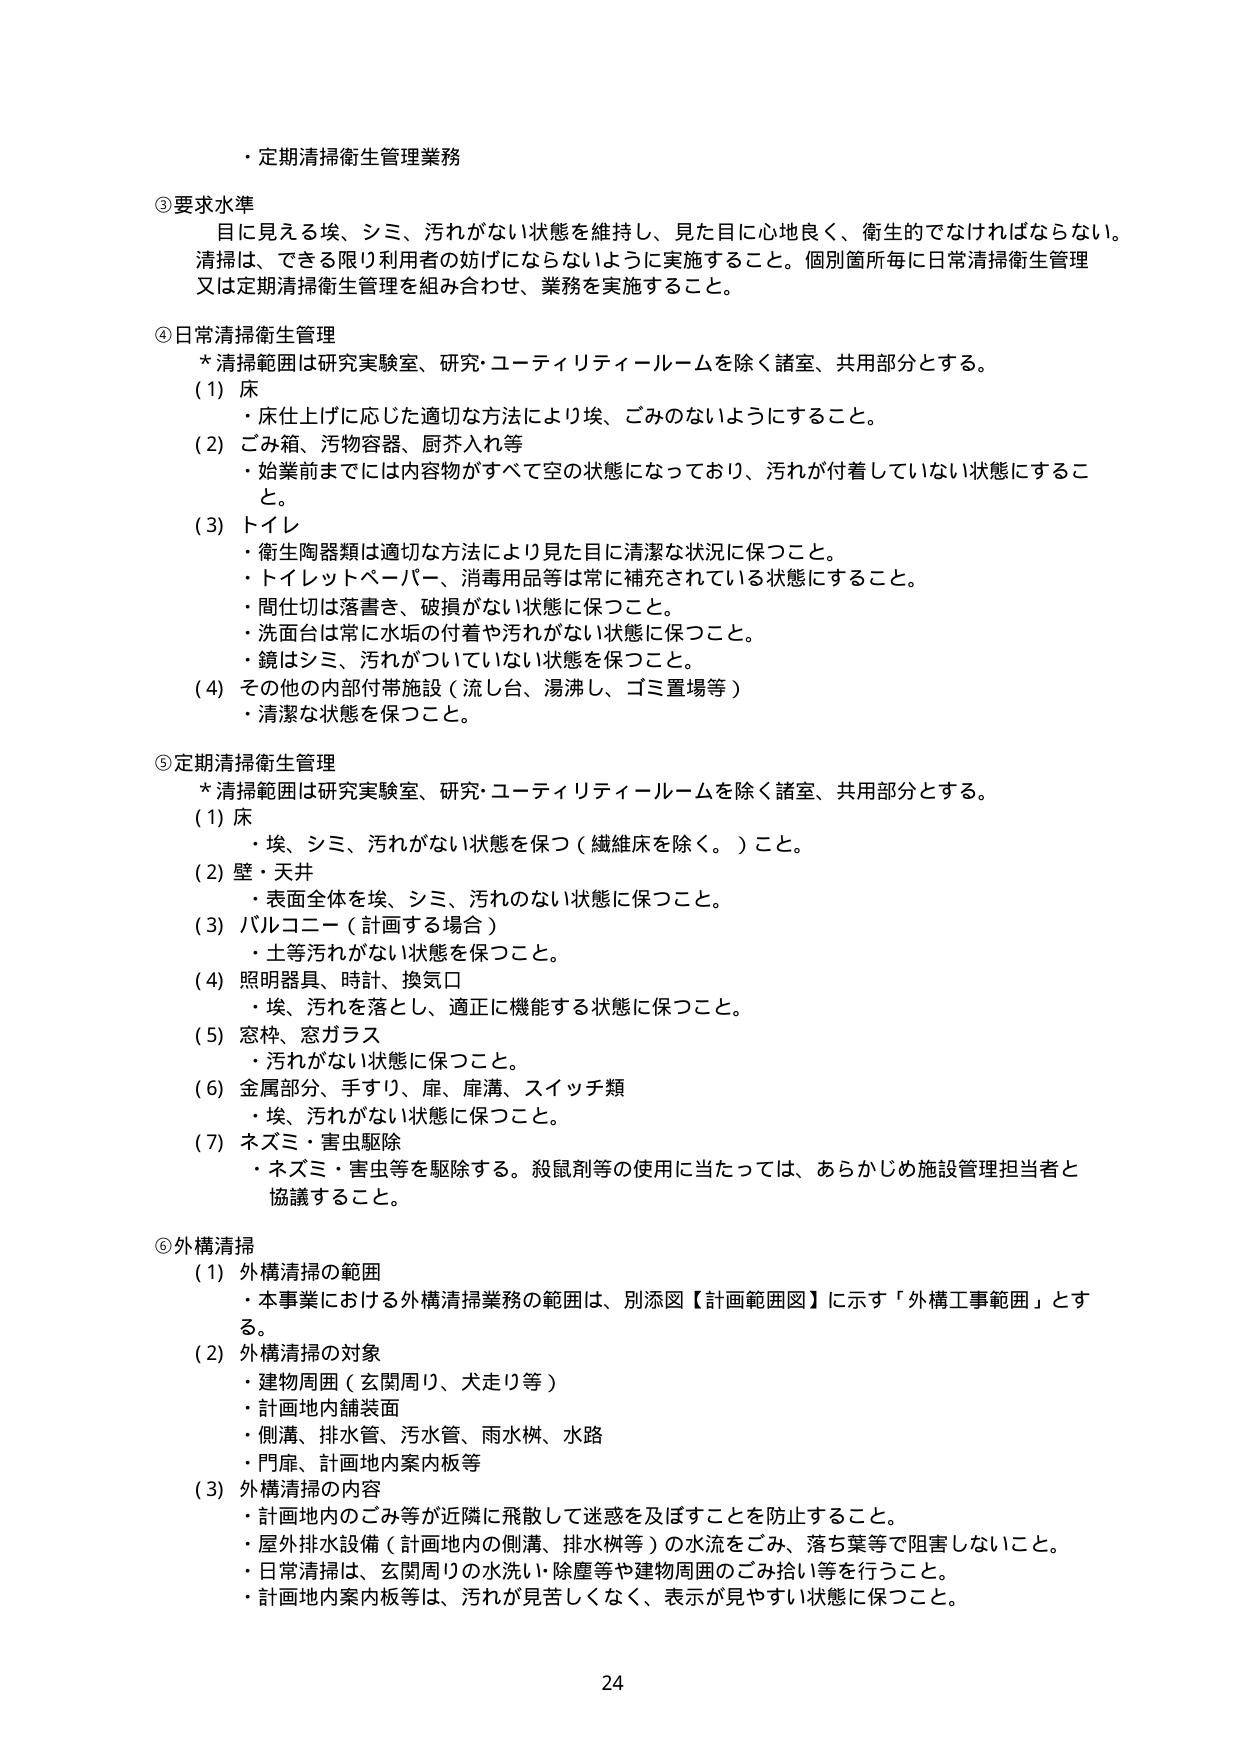
・定期清掃衛生管理業務

③要求水準
目に見える埃、シミ、汚れがない状態を維持し、見た目に心地良く、衛生的でなければならない。
清掃は、できる限り利用者の妨げにならないように実施すること。個別箇所毎に日常清掃衛生管理
又は定期清掃衛生管理を組み合わせ、業務を実施すること。

④日常清掃衛生管理
* 清掃範囲は研究実験室、研究・コートィリティールームを除く諸室、共用部分とする。
(1) 床
・床仕上げに応じた適切な方法により埃、ごみのないようにすること。
(2) ごみ箱、汚物容器、厨芥入れ等
・始業前までには内容物がすべて空の状態になっており、汚れが付着していない状態にすること。
(3) トイレ
・衛生陶器類は適切な方法により見た目に清潔な状況に保つこと。
・トイレットペーパー、消毒用品等は常に補充されている状態にすること。
・間仕切は落書き、破損がない状態に保つこと。
・洗面台は常に水垢の付着や汚れがない状態に保つこと。
・鏡はシミ、汚れがついていない状態を保つこと。
(4) その他の内部付帯施設（流し台、湯沸し、ゴミ置場等）
・清潔な状態を保つこと。

⑤定期清掃衛生管理
* 清掃範囲は研究実験室、研究・コートィリティールームを除く諸室、共用部分とする。
(1) 床
・埃、シミ、汚れがない状態を保つ（繊維床を除く。）こと。
(2) 壁・天井
・表面全体を埃、シミ、汚れのない状態に保つこと。
(3) バルコニー（計画する場合）
・土等汚れがない状態を保つこと。
(4) 照明器具、時計、換気口
・埃、汚れを落とし、適正に機能する状態に保つこと。
(5) 窓枠、窓ガラス
・汚れがない状態に保つこと。
(6) 金属部分、手すり、扉、扉溝、スイッチ類
・埃、汚れがない状態に保つこと。
(7) ネズミ・害虫駆除
・ネズミ・害虫等を駆除する。殺鼠剤等の使用に当たっては、あらかじめ施設管理担当者と
協議すること。

⑥外構清掃
(1) 外構清掃の範囲
・本事業における外構清掃業務の範囲は、別添図【計画範囲図】に示す「外構工事範囲」とす
る。
(2) 外構清掃の対象
・建物周囲（玄関周り、犬走り等）
・計画地内舗装面
・側溝、排水管、汚水管、雨水桝、水路
・門扉、計画地内案内板等
(3) 外構清掃の内容
・計画地内のゴミ等が近隣に飛散して迷惑を及ぼすことを防止すること。
・屋外排水設備（計画地内の側溝、排水桝等）の水流をごみ、落ち葉等で阻害しないこと。
・日常清掃は、玄関周りの水洗い・除塵等や建物周囲のごみ拾い等を行うこと。
・計画地内案内板等は、汚れが見苦しくなく、表示が見やすい状態に保つこと。

24